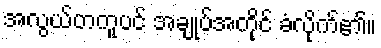
အလွယ်တကူပင် အချုပ်အကိုင် ခံလိုက်၏။